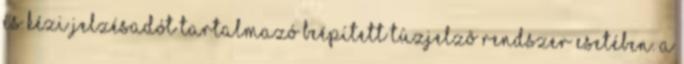
és kézi jelzésadót tartalmazó beépített tûzjelzõ rendszer esetében. a